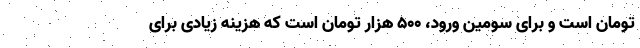
تومان است و برای سومین ورود، ۵۰۰ هزار تومان است که هزینه زیادی برای